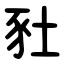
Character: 䝅